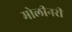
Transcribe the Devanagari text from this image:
मोलीनरी